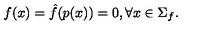
f ( x ) = \hat { f } ( p ( x ) ) = 0 , \forall x \in \Sigma _ { f } .